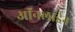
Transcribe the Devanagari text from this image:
आॅनलाईन